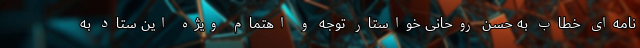
نامه‌‌ای خطاب به حسن روحانی خواستار توجه و اهتمام ویژه این ستاد به